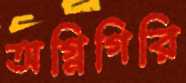
অগ্নিগিরি